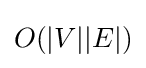
O(|V||E|)